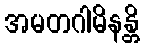
အမတဂါမိနန္တိ